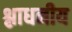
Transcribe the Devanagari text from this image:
श्लाधनीय